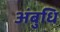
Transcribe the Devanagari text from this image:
अंबुधि